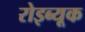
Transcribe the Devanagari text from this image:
रोइब्यूक